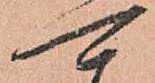
可